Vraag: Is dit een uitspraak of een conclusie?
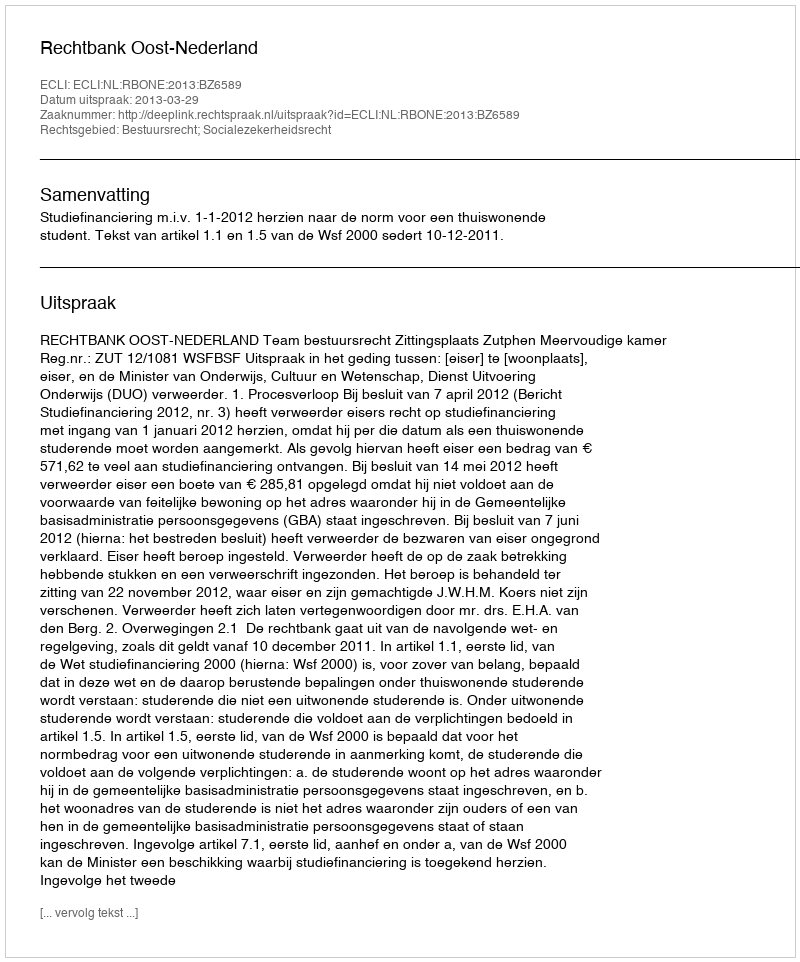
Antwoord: Uitspraak